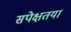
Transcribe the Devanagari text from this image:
सपेक्षतया